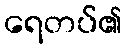
ရေတပ်၏